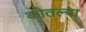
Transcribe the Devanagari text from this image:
कोतल्बा